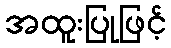
အထူးပြုဖြင့်